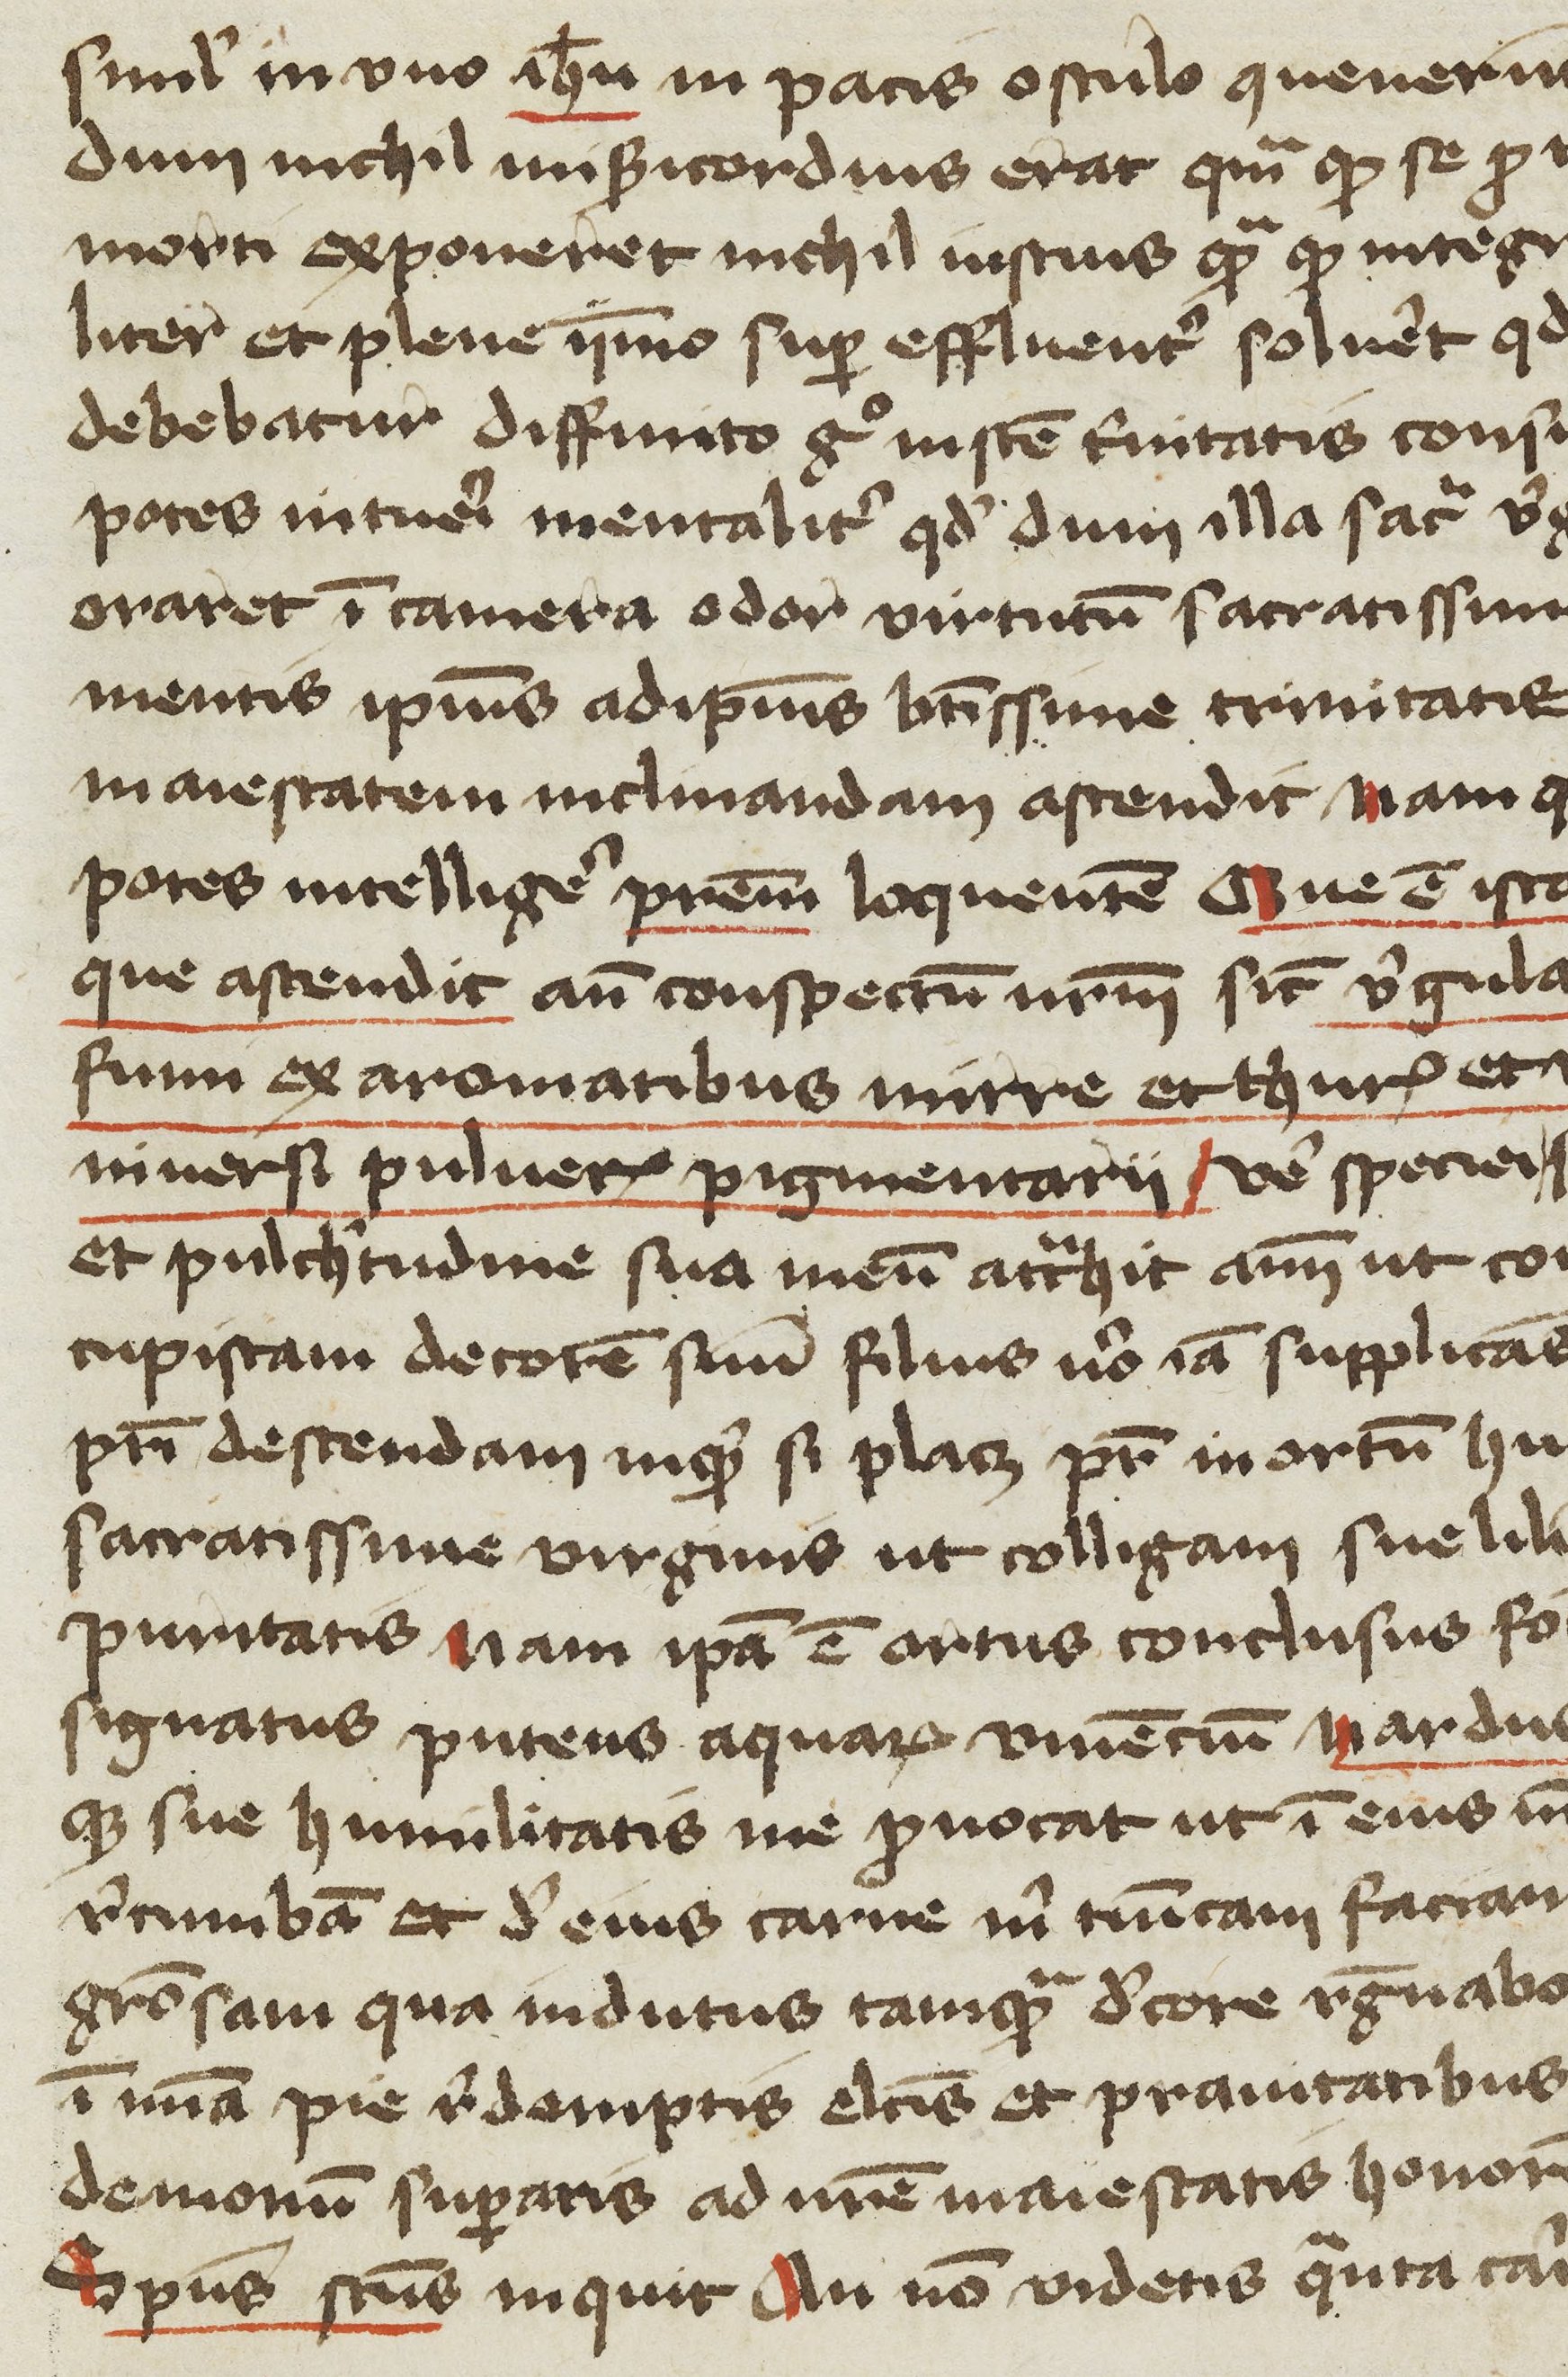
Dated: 1400–1449